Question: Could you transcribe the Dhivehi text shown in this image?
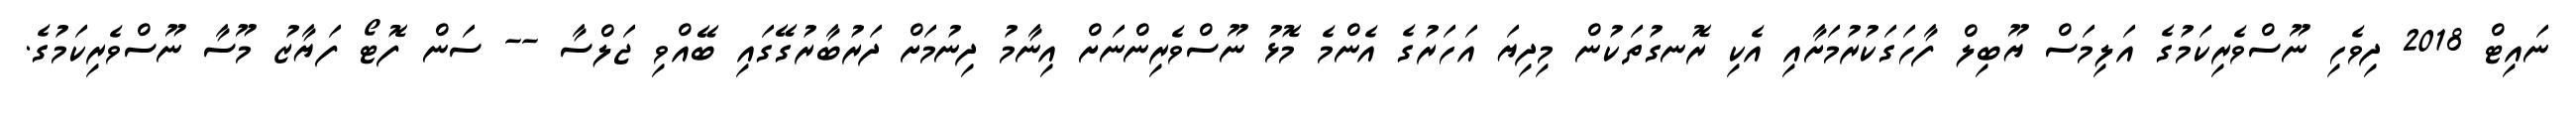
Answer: ނައިޓް 2018 ދިވެހި ނޫސްވެރިކަމުގެ އަލިމަސް ޔޫބިލް ފާހަގަކުރުމަށާއި އެކި ރޮނގުތަކުން މިދިޔަ އަހަރުގެ އެންމެ މޮޅު ނޫސްވެރިންނަށް އިނާމު ދިނުމަށް ދަރުބާރުގޭގައި ބޭއްވި ޖަލްސާ -- ސަން ފޮޓޯ ފަޔާޒު މޫސާ ނޫސްވެރިކަމުގެ.